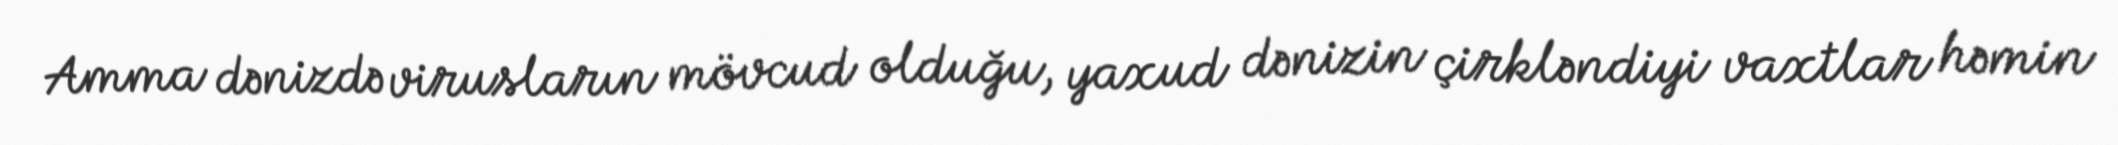
Amma dənizdə virusların mövcud olduğu, yaxud dənizin çirkləndiyi vaxtlar həmin